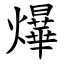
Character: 爗